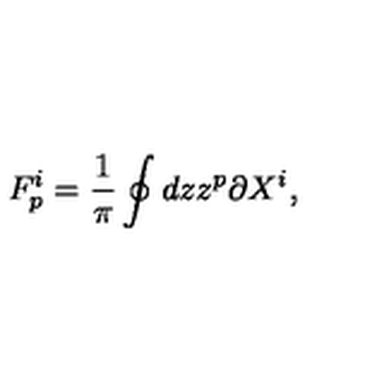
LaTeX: F _ { p } ^ { i } = { \frac { 1 } { \pi } } \oint d z z ^ { p } \partial X ^ { i } ,